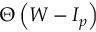
\Theta \left( W - I _ { p } \right)